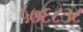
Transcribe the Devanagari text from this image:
५७६८३८